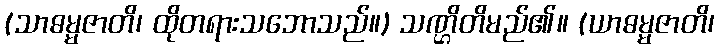
(သာဓမ္မဇာတိ၊ ထိုတရားသဘောသည်။) သဏ္ဌိတိမည်၏။ (ယာဓမ္မဇာတိ၊